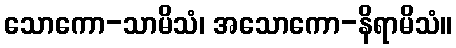
သောကော-သာမိသံ၊ အသောကော-နိရာမိသံ။